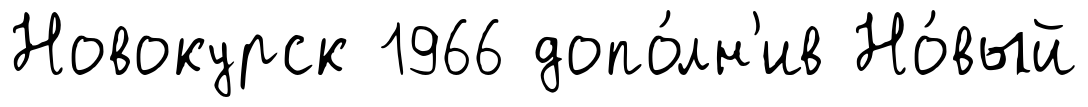
Новокурск 1966 допо́лн'ив Но́вый